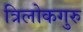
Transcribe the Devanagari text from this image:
त्रिलोकगुरु